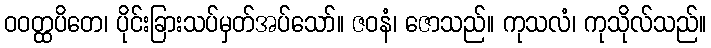
ဝဝတ္ထပိတေ၊ ပိုင်းခြားသပ်မှတ်အပ်သော်။ ဇဝနံ၊ ဇောသည်။ ကုသလံ၊ ကုသိုလ်သည်။